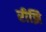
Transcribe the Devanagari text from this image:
रीझि